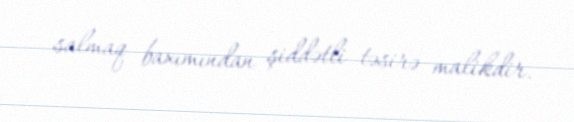
salmaq baxımından şiddətli təsirə malikdir.